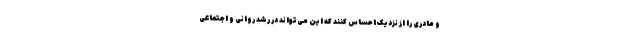
و مادری را از نزدیک احساس کنند که این می‌تواند در رشد روانی و اجتماعی